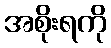
အစိုးရကို